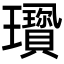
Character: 𤫋